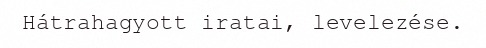
Hátrahagyott iratai, levelezése.